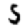
Digit: 5